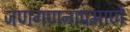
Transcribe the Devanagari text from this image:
जणगणनाप्रमाणे